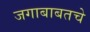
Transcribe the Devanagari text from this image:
जगाबाबतचे